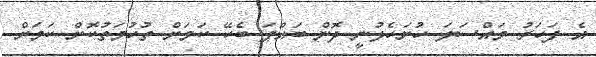
އެ ފަހަރު މައްސަލަ ހުށަހެޅުނީ ދޮން ބައްޕަ ބެހޭ ކަމަށް ތުހުމަތުކޮށް ކަމަށް